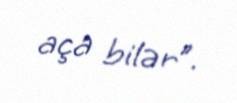
aça bilər”.